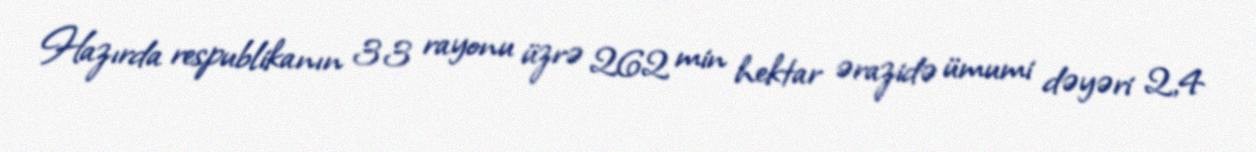
Hazırda respublikanın 33 rayonu üzrə 262 min hektar ərazidə ümumi dəyəri 2,4